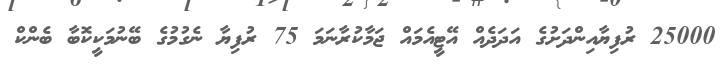
25000 ރުފިޔާއިންދަށުގެ އަދަދެއް އޭޓީއެމައް ޖަމާކުރާނަމަ 75 ރުފިޔާ ނެގުމުގެ ބޭނުމަކީކޮބާ ބެންކް